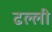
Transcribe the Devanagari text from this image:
ढल्ली